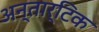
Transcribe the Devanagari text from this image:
अन्तार्टिक